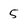
Character: 5